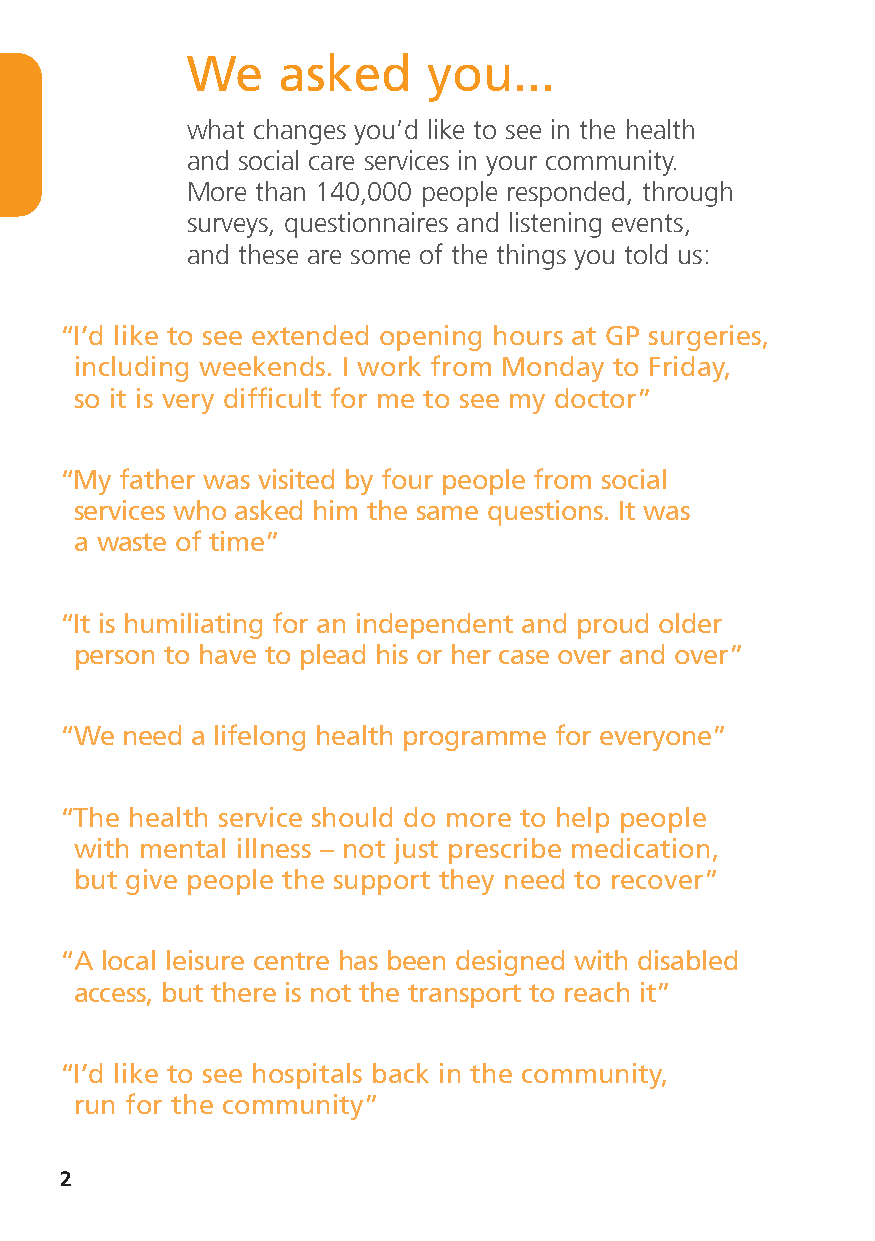
We    asked     you...
 what changes you’d like to see in the health
 and social care services in your community.
 More than 140,000 people responded, through
 surveys, questionnaires and listening events,
 and these are some of the things you told us:
 “I’d like to see extended opening hours at GP surgeries,
 including weekends. I work from Monday to Friday,
 so it is very difficult for me to see my doctor”
 “My father was visited by four people from social
 services who asked him the same questions. It was
 a waste of time”
 “It is humiliating for an independent and proud older
 person to have to plead his or her case over and over”
 “We need a lifelong health programme for everyone”
 “The health service should do more to help people
 with mental illness – not just prescribe medication,
 but give people the support they need to recover”
 “A local leisure centre has been designed with disabled
 access, but there is not the transport to reach it”
 “I’d like to see hospitals back in the community,
 run for the community”
 2